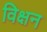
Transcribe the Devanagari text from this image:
विक्षन